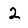
Digit: 2